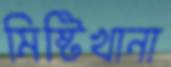
মিষ্টিখানা